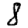
Digit: 8